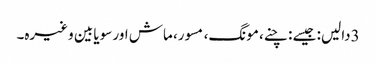
3دالیں: جیسے : چنے، مونگ، مسور، ماش اور سویا بین وغیرہ۔